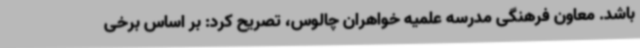
باشد. معاون فرهنگی مدرسه علمیه خواهران چالوس، تصریح کرد: بر اساس برخی